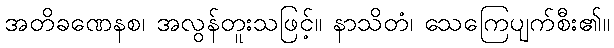
အတိခဏေနစ၊ အလွန်တူးသဖြင့်။ နာသိတံ၊ သေကြေပျက်စီး၏။